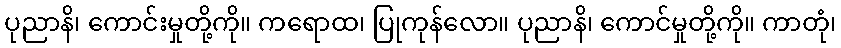
ပုညာနိ၊ ကောင်းမှုတို့ကို။ ကရောထ၊ ပြုကုန်လော။ ပုညာနိ၊ ကောင်မှုတို့ကို။ ကာတုံ၊